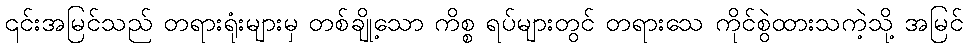
၎င်းအမြင်သည် တရားရုံးများမှ တစ်ချို့သော ကိစ္စ ရပ်များတွင် တရားသေ ကိုင်စွဲထားသကဲ့သို့ အမြင်